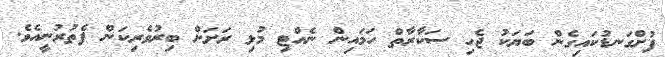
ފުށްގަނޑުކައިގެން ބަޔަކު ޖެހި ސަކާރާތް ހަމައިން ނެއްޓި މުޅި ރަށަށް ބިރުވެރިކަން ފެތުރުނީއެވެ.